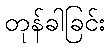
တုန်ခါခြင်း